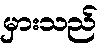
မှားသည်